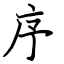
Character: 序